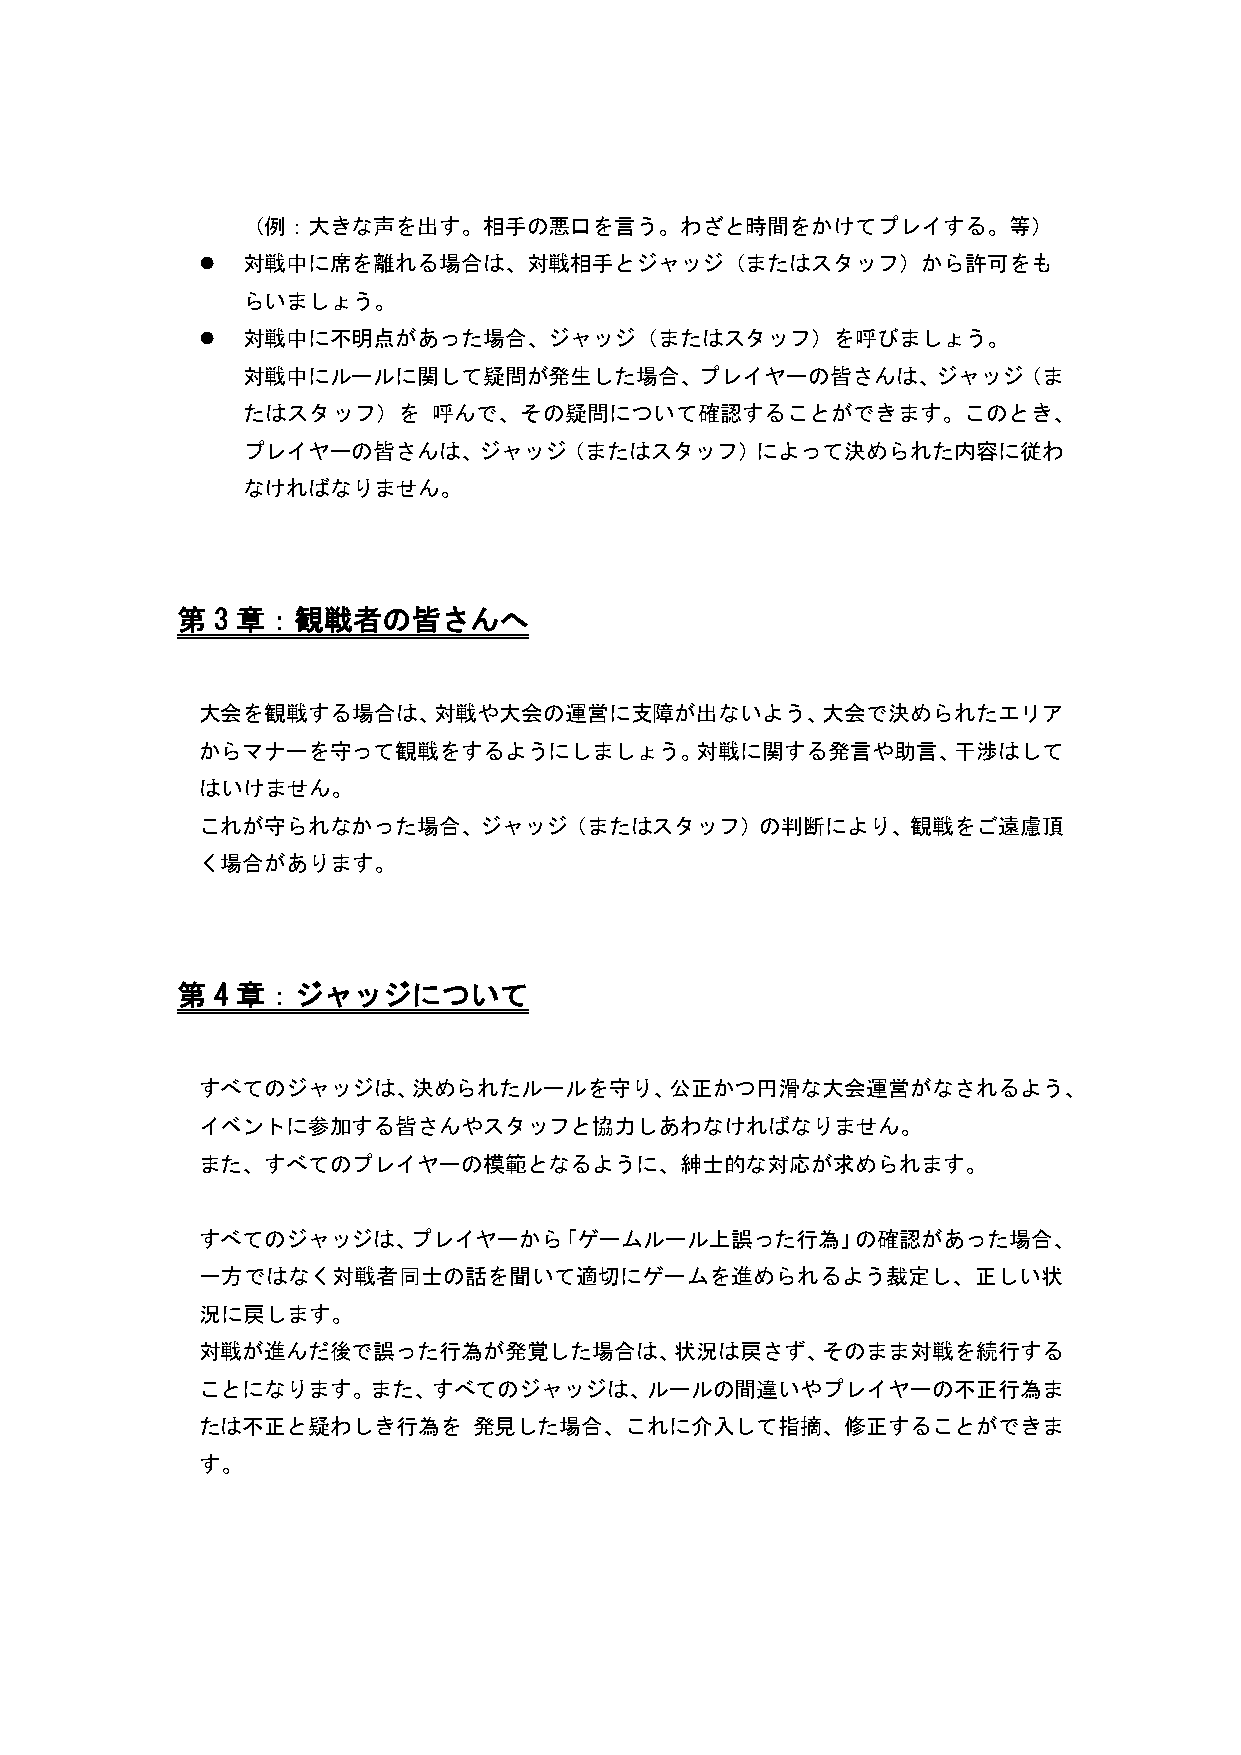
（例：大きな声を出す。相手の悪口を言う。わざと時間をかけてプレイする。等）
   対戦中に席を離れる場合は、対戦相手とジャッジ（またはスタッフ）から許可をも
 らいましょう。
   対戦中に不明点があった場合、ジャッジ（またはスタッフ）を呼びましょう。
 対戦中にルールに関して疑問が発生した場合、プレイヤーの皆さんは、ジャッジ（ま
 たはスタッフ）を     呼んで、その疑問について確認することができます。このとき、
 プレイヤーの皆さんは、ジャッジ（またはスタッフ）によって決められた内容に従わ
 なければなりません。
 第 3 章：観戦者の皆さんへ
 大会を観戦する場合は、対戦や大会の運営に支障が出ないよう、大会で決められたエリア
 からマナーを守って観戦をするようにしましょう。対戦に関する発言や助言、干渉はして
 はいけません。
 これが守られなかった場合、ジャッジ（またはスタッフ）の判断により、観戦をご遠慮頂
 く場合があります。
 第 4 章：ジャッジについて
 すべてのジャッジは、決められたルールを守り、公正かつ円滑な大会運営がなされるよう、
 イベントに参加する皆さんやスタッフと協力しあわなければなりません。
 また、すべてのプレイヤーの模範となるように、紳士的な対応が求められます。
 すべてのジャッジは、プレイヤーから「ゲームルール上誤った行為」の確認があった場合、
 一方ではなく対戦者同士の話を聞いて適切にゲームを進められるよう裁定し、正しい状
 況に戻します。
 対戦が進んだ後で誤った行為が発覚した場合は、状況は戻さず、そのまま対戦を続行する
 ことになります。また、すべてのジャッジは、ルールの間違いやプレイヤーの不正行為ま
 たは不正と疑わしき行為を      発見した場合、これに介入して指摘、修正することができま
 す。